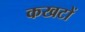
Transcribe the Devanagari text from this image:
कखटों